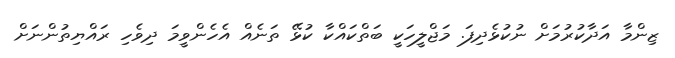
ޒިންމާ އަދާކުރުމަށް ނުކުޅެދިފަ. މަޖްލީހަކީ ބަތްކައްކާ ކުޅޭ ތަނެއް އެހެންވީމަ ދިވެހި ރައްޔިތުންނަށް